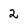
Character: 2